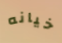
خيانه